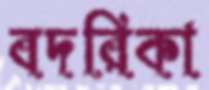
বদরিকা